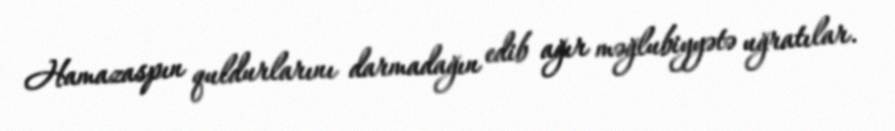
Hamazaspın quldurlarını darmadağın edib ağır məğlubiyyətə uğratılar.